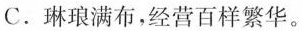
C.琳琅满布，经营百样繁华。